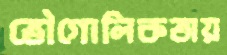
ভৌগোলিকতায়